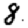
Digit: 8